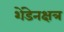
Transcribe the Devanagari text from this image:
शेंडेनक्षत्र